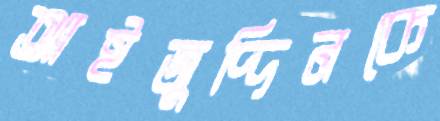
আইজুদ্দিনকে